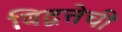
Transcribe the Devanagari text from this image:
विद्वत्तेची